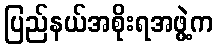
ပြည်နယ်အစိုးရအဖွဲ့က